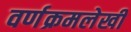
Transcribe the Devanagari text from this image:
वर्णक्रमलेखी